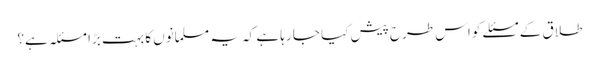
طلاق کے مسئلے کو اس طرح پیش کیا جا رہا ہے کہ یہ مسلمانوں کا بہت بڑا مسئلہ ہے؟